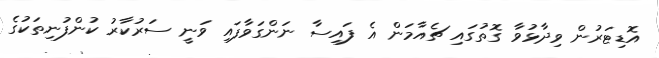
އޮޑިޓަރުން ވިދާޅުވާ ގޮތުގައި ޗެއާމަން އެ ފައިސާ ނަންގަވާފައި ވަނީ ސަރުކާރު ކުންފުނިތަކުގެ